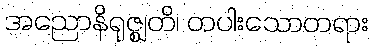
အညောနိရုဇ္ဈတိ၊ တပါးသောတရား